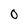
Character: O